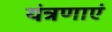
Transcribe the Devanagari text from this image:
यंत्रणाएं